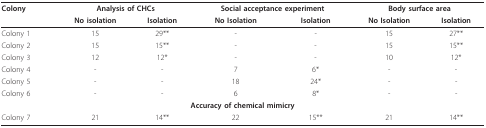
<table><thead><tr><td><b>Colony</b></td><td colspan="2"><b>Analysis of CHCs</b></td><td colspan="2"><b>Social acceptance experiment</b></td><td colspan="2"><b>Body surface area</b></td></tr><tr><td></td><td><b>No isolation</b></td><td><b>Isolation</b></td><td><b>No Isolation</b></td><td><b>Isolation</b></td><td><b>No Isolation</b></td><td><b>Isolation</b></td></tr></thead><tbody><tr><td>Colony 1</td><td>15</td><td>29**</td><td>-</td><td>-</td><td>15</td><td>27**</td></tr><tr><td>Colony 2</td><td>15</td><td>15**</td><td>-</td><td>-</td><td>15</td><td>15**</td></tr><tr><td>Colony 3</td><td>12</td><td>12*</td><td>-</td><td>-</td><td>10</td><td>12*</td></tr><tr><td>Colony 4</td><td>-</td><td>-</td><td>7</td><td>6*</td><td>-</td><td>-</td></tr><tr><td>Colony 5</td><td>-</td><td>-</td><td>18</td><td>24*</td><td>-</td><td>-</td></tr><tr><td>Colony 6</td><td>-</td><td>-</td><td>6</td><td>8*</td><td>-</td><td>-</td></tr><tr><td colspan="7"><b>Accuracy of chemical mimicry</b></td></tr><tr><td>Colony 7</td><td>21</td><td>14**</td><td>22</td><td>15**</td><td>21</td><td>14**</td></tr></tbody></table>